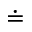
\doteq